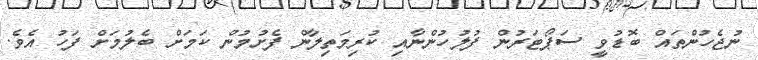
ނުޖެހުންތައް ބޮޑުވީ ސަޕޯޓަރުން ފުލުހުންނާއި ކުރިމަތިލާން ފެށުމުން ކަމަށް ބެލުމަށް ފަހު އެވެ.